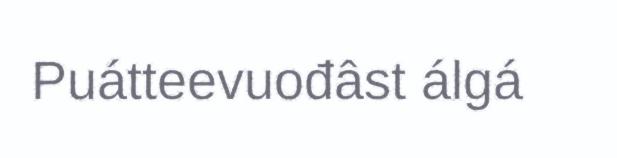
Puátteevuođâst álgá